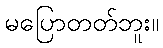
မပြောတတ်ဘူး။